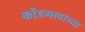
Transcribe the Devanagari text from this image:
कोंडगावाच्या